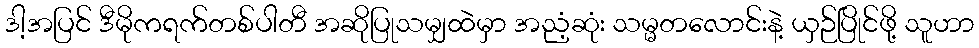
ဒါ့အပြင် ဒီမိုကရက်တစ်ပါတီ အဆိုပြုသမျှထဲမှာ အညံ့ဆုံး သမ္မတလောင်းနဲ့ ယှဉ်ပြိုင်ဖို့ သူဟာ